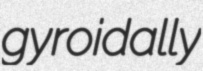
gyroidally